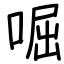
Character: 啒